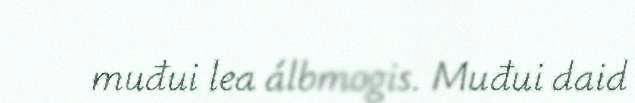
muđui lea álbmogis. Muđui daid